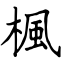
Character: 楓